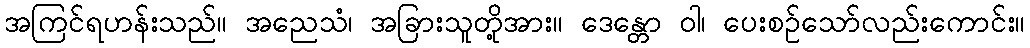
အကြင်ရဟန်းသည်။ အညေသံ၊ အခြားသူတို့အား။ ဒေန္တော ဝါ၊ ပေးစဉ်သော်လည်းကောင်း။